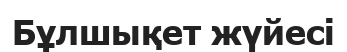
Бұлшықет жүйесі